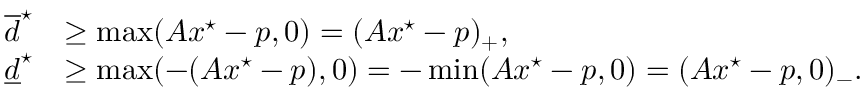
\begin{array} { r l } { \overline { d } ^ { \star } } & { \geq \operatorname* { m a x } ( A x ^ { \star } - p , 0 ) = ( A x ^ { \star } - p ) _ { + } , } \\ { \underline { d } ^ { \star } } & { \geq \operatorname* { m a x } ( - ( A x ^ { \star } - p ) , 0 ) = - \operatorname* { m i n } ( A x ^ { \star } - p , 0 ) = ( A x ^ { \star } - p , 0 ) _ { - } . } \end{array}